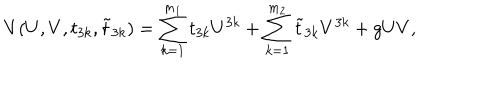
LaTeX: V ( U , V , t _ { 3 k } , \tilde { t } _ { 3 k } ) = \sum _ { k = 1 } ^ { m _ { 1 } } t _ { 3 k } U ^ { 3 k } + \sum _ { k = 1 } ^ { m _ { 2 } } \tilde { t } _ { 3 k } V ^ { 3 k } + g U V ,